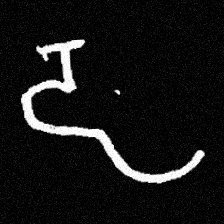
Pyu character \u2014 Myanmar letter: ဠ (romanized: lla)